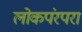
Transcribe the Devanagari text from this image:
लोकपंरपरा